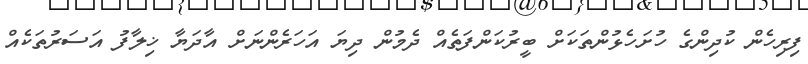
ފިރިހެން ކުދިންގެ ހުށަހެޅުންތަކަށް ބީރުކަންފަތެއް ދެމުން ދިޔަ އަހަރެންނަށް އާދަޔާ ޚިލާފު އަސަރުތަކެއް